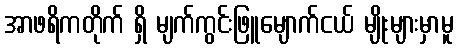
အာဖရိကတိုက် ရှိ မျက်ကွင်းဖြူမျောက်ငယ် မျိုးများမှာမူ